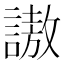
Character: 謸